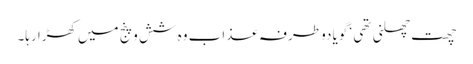
چھت چھلنی تھی ‘ گویا دو طرفہ عذاب وہ شش و پنج میں کھڑا رہا۔